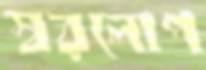
স্বরলোপ